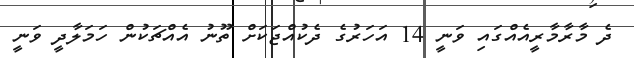
ދެ މާރާމާރީއެއްގައި ވަނީ 14 އަހަރުގެ ދެކުއްޖަކަށް ތޫނު އެއްޗަކުން ހަމަލާދީ ވަނީ